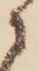
に